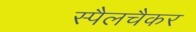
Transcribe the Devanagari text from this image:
स्पैलचैकर